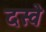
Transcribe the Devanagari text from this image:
दस्वे